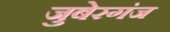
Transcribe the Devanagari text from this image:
जुबेरगंज